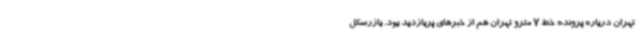
تهران درباره پرونده خط 7 مترو تهران هم از خبرهای پربازدید بود. بازرسکل